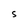
Character: S